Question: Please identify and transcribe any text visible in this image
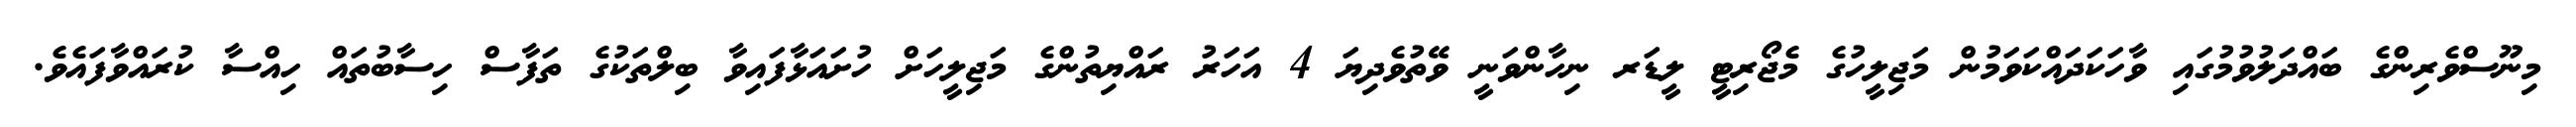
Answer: މިނޫސްވެރިންގެ ބައްދަލުވުމުގައި ވާހަކަދައްކަވަމުން މަޖިލީހުގެ މެޖޯރިޓީ ލީޑަރ ނިހާންވަނީ ވޭތުވެދިޔަ 4 އަހަރު ރައްޔިތުންގެ މަޖިލީހަށް ހުށައަޅާފައިވާ ބިލްތަކުގެ ތަފާސް ހިސާބުތައް ހިއްސާ ކުރައްވާފައެވެ.